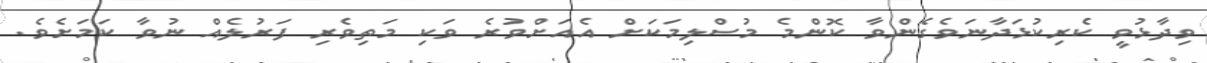
ވިދާޅުވީ ކެރިކުޅަދާނަވެގެންވާ ކޮންމެ މުސްލިމަކަށް އެއަށްވުރެ ވަކި މަތިވެރި ފަރުލެއް ނުވާ ކަމަށެވެ.